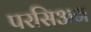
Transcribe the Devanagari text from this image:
परसिअन